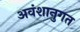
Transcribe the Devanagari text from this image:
अवंशानुगत